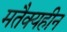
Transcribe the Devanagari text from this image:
मतैक्यहीन